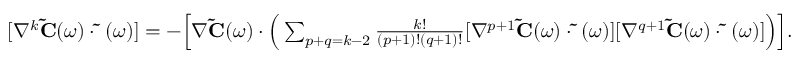
\begin{array} { r } { [ \nabla ^ { k } \ensuremath { { \bf \tilde { C } } } ( \omega ) \cdot \ensuremath { { \bf \tilde { \Delta } } } ( \omega ) ] = - \Big [ \nabla \ensuremath { { \bf \tilde { C } } } ( \omega ) \cdot \Big ( \sum _ { p + q = k - 2 } \frac { k ! } { ( p + 1 ) ! ( q + 1 ) ! } [ \nabla ^ { p + 1 } \ensuremath { { \bf \tilde { C } } } ( \omega ) \cdot \ensuremath { { \bf \tilde { \Delta } } } ( \omega ) ] [ \nabla ^ { q + 1 } \ensuremath { { \bf \tilde { C } } } ( \omega ) \cdot \ensuremath { { \bf \tilde { \Delta } } } ( \omega ) ] \Big ) \Big ] . } \end{array}